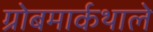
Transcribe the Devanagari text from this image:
ग्रोबमार्कथाले